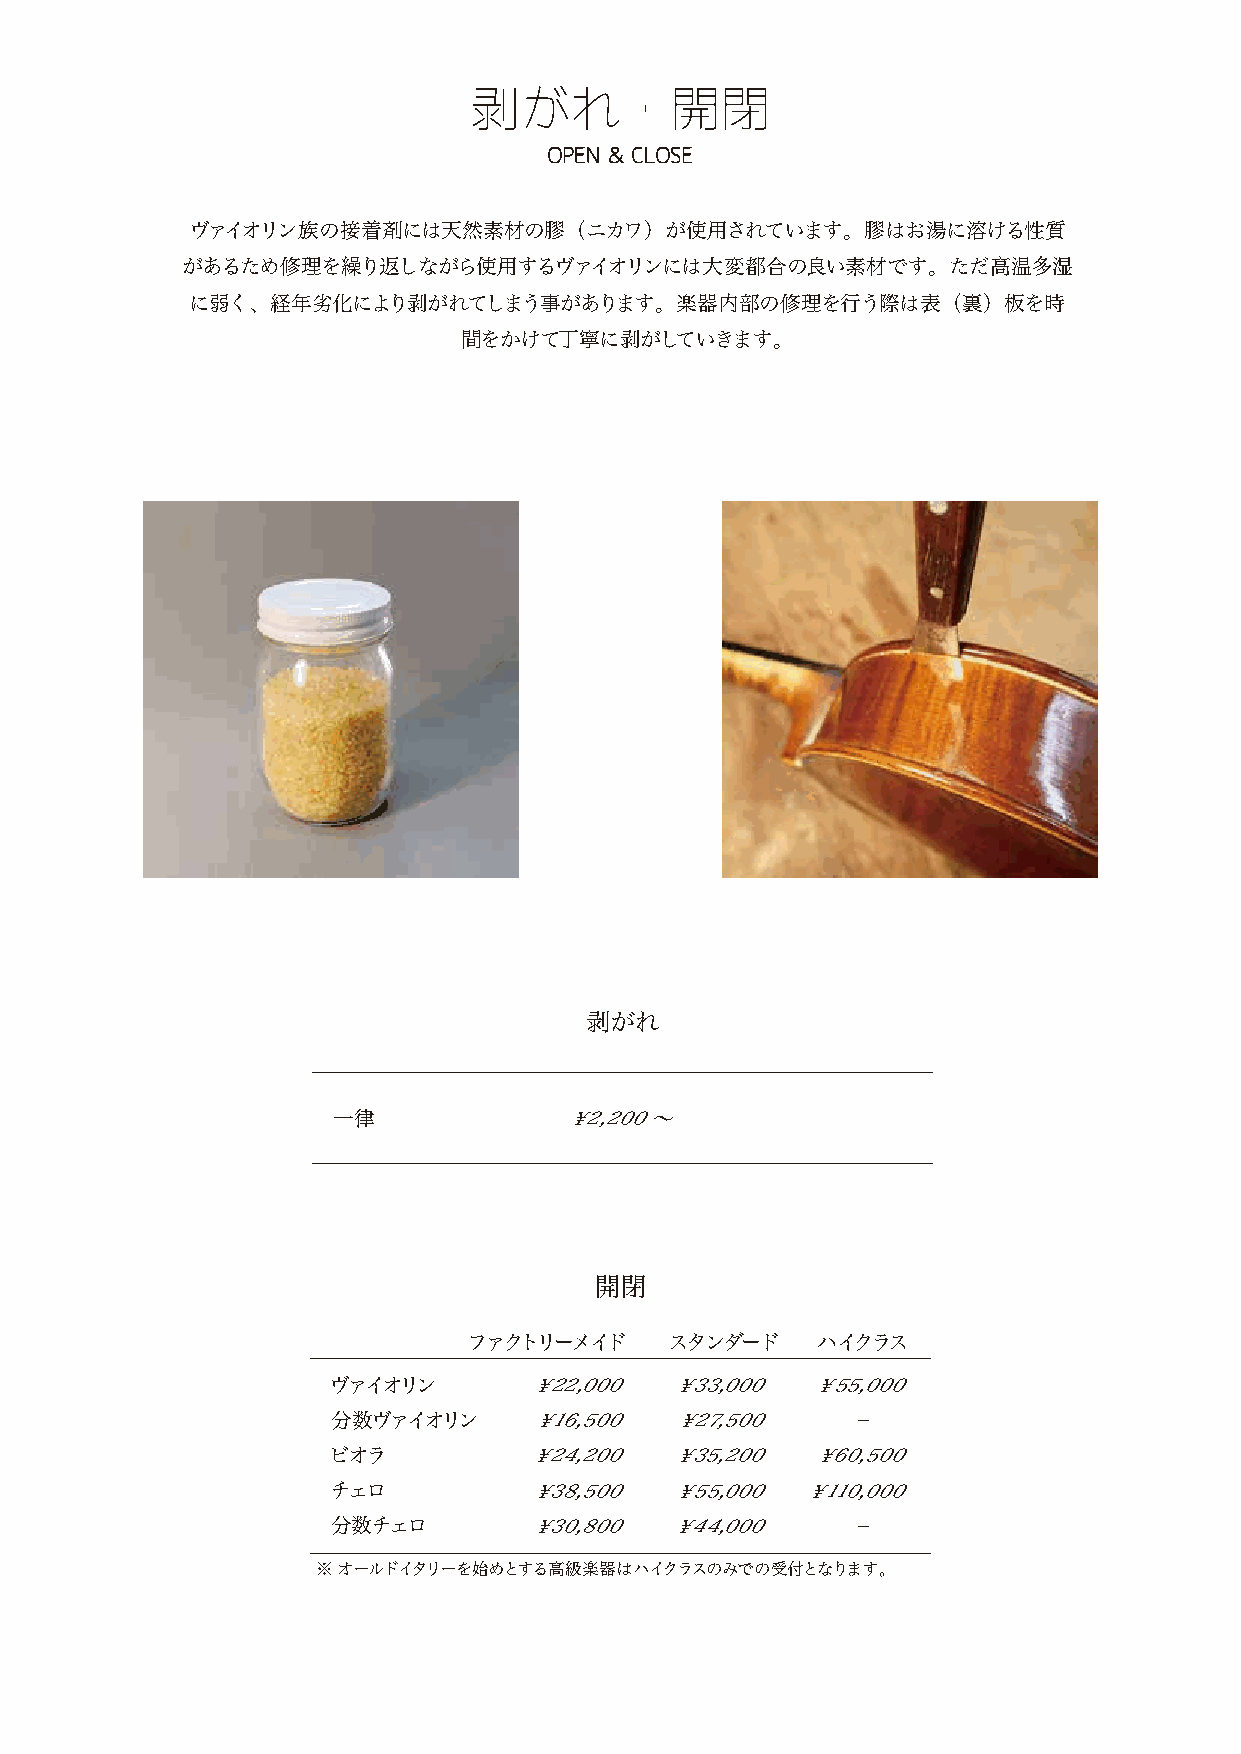
剥がれ・開閉
 OPEN ＆ CLOSE
 ヴァイオリン族の接着剤には天然素材の膠（ニカワ）が使用されています。膠はお湯に溶ける性質
 があるため修理を繰り返しながら使用するヴァイオリンには大変都合の良い素材です。ただ高温多湿
 に弱く、経年劣化により剥がれてしまう事があります。楽器内部の修理を行う際は表（裏）板を時
 間をかけて丁寧に剥がしていきます。
 剥がれ
 一律             ￥2,200〜
 開閉
 ファクトリーメイド    スタンダード    ハイクラス
 ヴァイオリン       ￥22,000  ￥33,000   ￥55,000
 分数ヴァイオリン     ￥16,500  ￥27,500     −
 ビオラ          ￥24,200  ￥35,200   ￥60,500
 チェロ          ￥38,500  ￥55,000  ￥110,000
 分数チェロ        ￥30,800  ￥44,000     −
 ※ オールドイタリーを始めとする高級楽器はハイクラスのみでの受付となります。